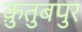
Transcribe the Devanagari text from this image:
क़ुतुबपुर